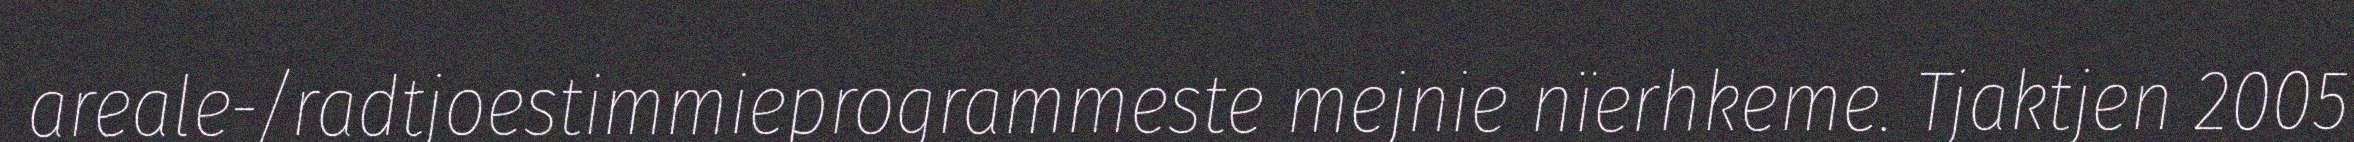
areale-/radtjoestimmieprogrammeste mejnie nïerhkeme. Tjaktjen 2005